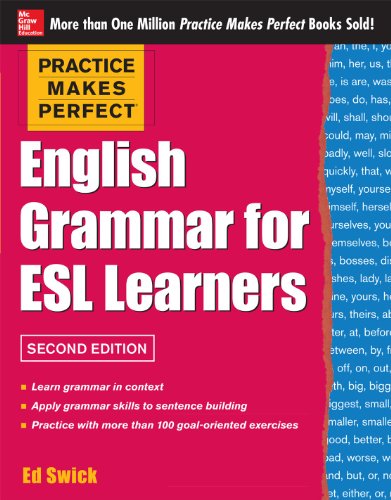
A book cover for Practice Makes Perfect English Grammar for ESL Learners, 2nd Edition: With 100 Exercises; Ed Swick; Reference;